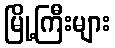
မြို့ကြီးများ